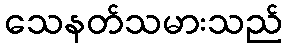
သေနတ်သမားသည်